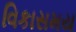
વિકાસમય